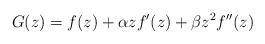
LaTeX: \begin{align*}G(z)=f(z)+\alpha zf'(z)+\beta z^2 f''(z)\end{align*}